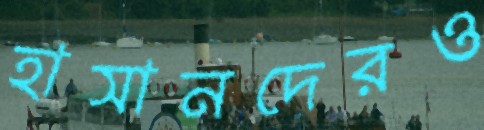
হাসানদেরও